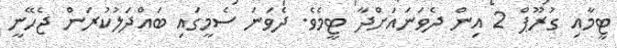
ޓީމާއި ގުރޫޕް 2 އިން ދެވަނައަށްދާ ޓީމެވެ. ދެވަނަ ސެމީގައި ބައްދަލުކުރަން ޖެހޭނީ